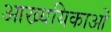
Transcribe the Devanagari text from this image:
आख्ययिकाओं